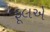
ફૂલએ